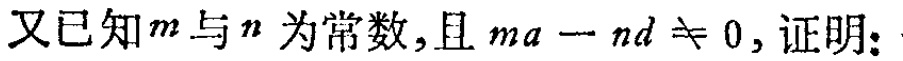
又已知\(m\)与\(n\)为常数,且\(ma - nd \neq 0\),证明: